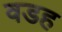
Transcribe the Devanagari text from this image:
वडह